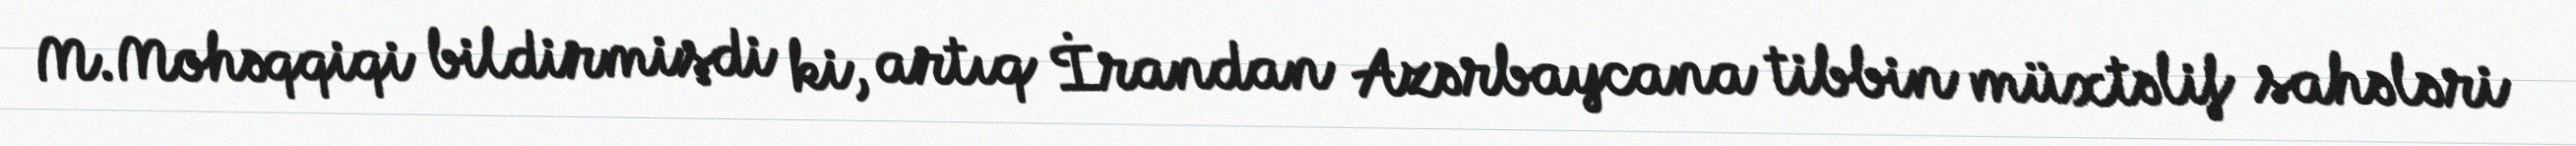
M.Mohəqqiqi bildirmişdi ki, artıq İrandan Azərbaycana tibbin müxtəlif sahələri